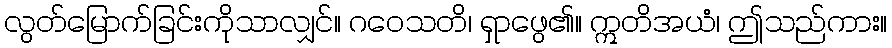
လွတ်မြောက်ခြင်းကိုသာလျှင်။ ဂဝေသတိ၊ ရှာဖွေ၏။ ဣတိအယံ၊ ဤသည်ကား။